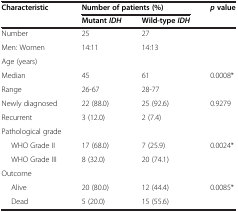
<table><thead><tr><td><b>Characteristic</b></td><td colspan="2"><b>Number of patients (%)</b></td><td><b><i>p</i>value</b></td></tr><tr><td></td><td><b>Mutant<i>IDH</i></b></td><td><b>Wild-type<i>IDH</i></b></td><td></td></tr></thead><tbody><tr><td>Number</td><td>25</td><td>27</td><td></td></tr><tr><td>Men: Women</td><td>14:11</td><td>14:13</td><td></td></tr><tr><td>Age (years)</td><td></td><td></td><td></td></tr><tr><td>Median</td><td>45</td><td>61</td><td>0.0008*</td></tr><tr><td>Range</td><td>26-67</td><td>28-77</td><td></td></tr><tr><td>Newly diagnosed</td><td>22 (88.0)</td><td>25 (92.6)</td><td>0.9279</td></tr><tr><td>Recurrent</td><td>3 (12.0)</td><td>2 (7.4)</td><td></td></tr><tr><td>Pathological grade</td><td></td><td></td><td></td></tr><tr><td>WHO Grade II</td><td>17 (68.0)</td><td>7 (25.9)</td><td>0.0024*</td></tr><tr><td>WHO Grade III</td><td>8 (32.0)</td><td>20 (74.1)</td><td></td></tr><tr><td>Outcome</td><td></td><td></td><td></td></tr><tr><td>Alive</td><td>20 (80.0)</td><td>12 (44.4)</td><td>0.0085*</td></tr><tr><td>Dead</td><td>5 (20.0)</td><td>15 (55.6)</td><td></td></tr></tbody></table>